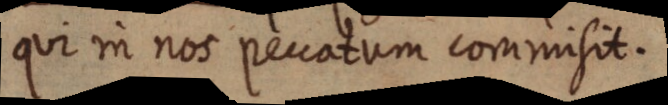
qui in nos peccatum commisit.